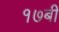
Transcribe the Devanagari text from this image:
१७बी